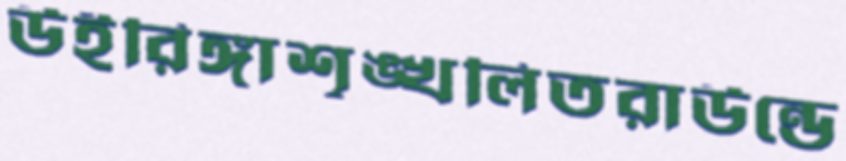
উইরিঙ্গাশৃঙ্খলিতরাউন্ডে